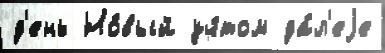
д'ень Но́вый уч́том да́л'еjе